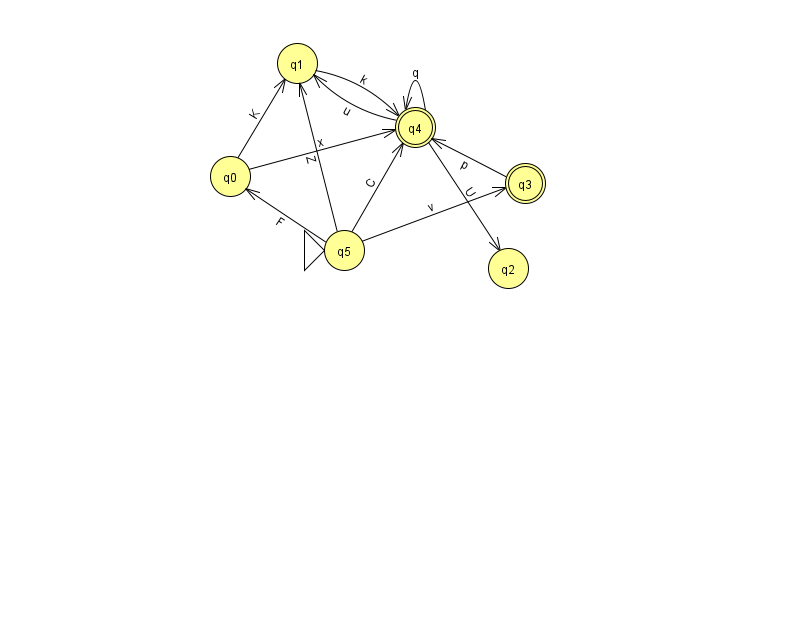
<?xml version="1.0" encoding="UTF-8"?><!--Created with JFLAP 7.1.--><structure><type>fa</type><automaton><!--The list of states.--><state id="0" name="q0"><x>230.0</x><y>163.0</y></state><state id="1" name="q1"><x>297.0</x><y>50.0</y></state><state id="2" name="q2"><x>508.0</x><y>255.0</y></state><state id="3" name="q3"><x>525.0</x><y>170.0</y><final/></state><state id="4" name="q4"><x>415.0</x><y>114.0</y><final/></state><state id="5" name="q5"><x>344.0</x><y>237.0</y><initial/></state><!--The list of transitions.--><transition><from>4</from><to>4</to><read>q</read></transition><transition><from>4</from><to>2</to><read>U</read></transition><transition><from>5</from><to>4</to><read>C</read></transition><transition><from>3</from><to>4</to><read>p</read></transition><transition><from>4</from><to>1</to><read>u</read></transition><transition><from>5</from><to>3</to><read>v</read></transition><transition><from>0</from><to>4</to><read>x</read></transition><transition><from>0</from><to>1</to><read>K</read></transition><transition><from>1</from><to>4</to><read>k</read></transition><transition><from>5</from><to>0</to><read>F</read></transition><transition><from>5</from><to>1</to><read>Z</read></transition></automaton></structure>